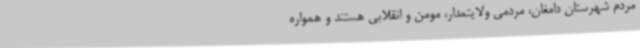
مردم شهرستان دامغان، مردمی ولایتمدار، مومن و انقلابی هستند و همواره